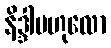
နိဒ္ဒါဗဟုလော